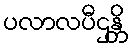
ပလာလပီဌန္တိ